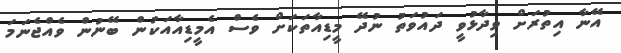
އޭނާ އިތުރަށް ވިދާޅުވީ ދައުވަތު ނުދޭ މީޑިއާތަކަށް ވެސް އެމީޑިއާއަކުން ބޭނުން ވެއްޖެނަމަ